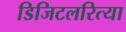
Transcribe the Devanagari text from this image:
डिजिटलरित्या